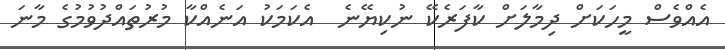
އެއްވެސް މީހަކަށް ދިމާލަށް ކާފަރެކޭ ނުކިޔޭނެ  އެކަމަކު އަނެއްކާ މުރުތައްދުވުމުގެ މާނަ